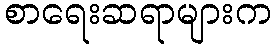
စာရေးဆရာများက